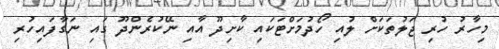
މިހާރު ހުރި ޖަލުތަކަށް ލުއި ހޯދުމަށްޓަކައި ކާށިދޫ އާއި ނޭކުރެންދޫ ގައި ނަގާފައިހުރި